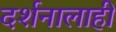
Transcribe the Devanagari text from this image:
दर्शनालाही